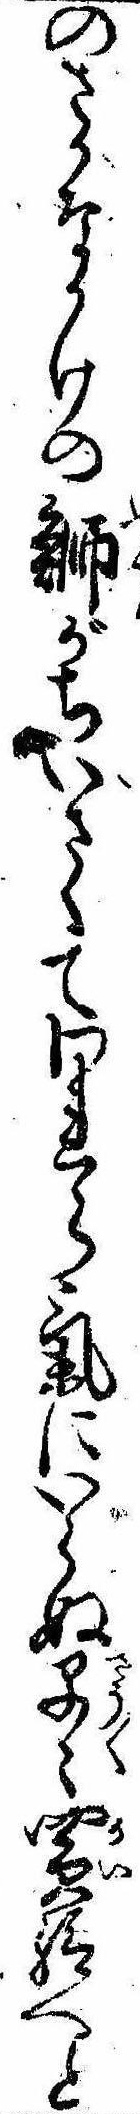
のさかなかけの鰤がちいさくてわれら気にいらぬ早買給へと